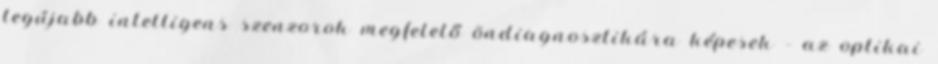
legújabb intelligens szenzorok megfelelő öndiagnosztikára képesek – az optikai